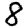
Digit: 8